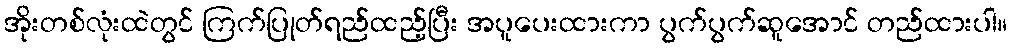
အိုးတစ်လုံးထဲတွင် ကြက်ပြုတ်ရည်ထည့်ပြီး အပူပေးထားကာ ပွက်ပွက်ဆူအောင် တည်ထားပါ။